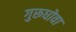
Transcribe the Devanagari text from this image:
गुरूधोवा